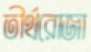
তীর্থরোজা